system: You are a helpful assistant.
user:
Analyze the provided spectrum to determine if it is a **Carbon Star (C-type)**.

- **Key Visual Indicators of Carbon Star:**
    - **(Primary):** Strong molecular absorption from **C₂ (diatomic carbon) "Swan Bands."** This is the **defining feature** of a carbon star.
        - **(Key Bandheads):** Sharp absorption edges are visible at approximately $5635$ Å, $5165$ Å (the strongest band), and $4737$ Å.
        - **(Line Profile):** Creates a distinct **"saw-tooth"** pattern. The key morphology is a sharp, steep bandhead on the **red (long-wavelength) side**, which then gradually tapers off (i.e., flux recovers) towards the **blue (short-wavelength) side**. *(This is the direct opposite of the TiO bands seen in M-type stars)*.

    - **(Secondary):** Intense **CN (cyanogen)** molecular absorption bands.
        - **(Key Bandheads):** Located in the blue and violet regions of the spectrum (e.g., near $4215$ Å and $3883$ Å).
        - **(Morphology):** These bands are extremely broad and act as a "blanket," absorbing the vast majority of blue and violet light. This creates a characteristic **"cliff"** or **"steep drop-off"** in the spectrum's flux at short wavelengths.

    - **(Key Confirmation):** Strong **CH absorption band (G-band)**.
        - **(Key Bandhead):** Located around $4300$ Å. The contribution from CH molecules to this band is exceptionally strong.

    - **(Overall Spectrum):**
        - The continuum is severely "chopped up" by these deep molecular bands, especially C₂, rather than appearing as a smooth curve.
        - Due to the heavy CN and C₂ absorption in the blue-green, the vast majority of the star's flux is concentrated in the red part of the spectrum, giving the star its characteristic deep red color.

Think first, call **spectral_visualization_tool** if needed to examine features in detail, then provide your final answer. Your response must adhere to the following strict rules:
1.  **Overall Structure:** Your response must follow the format `<think>...</think> <tool_call>...</tool_call> (if a tool is used) <answer>...</answer>`.
2.  **Tool Usage Constraint:** You may only make **one** tool call per turn.
3.  **Final Answer Format:** In the `<answer>` tag, your conclusion must be inside a `\boxed{}` command (e.g., `\boxed{YES}`), followed by your justification.

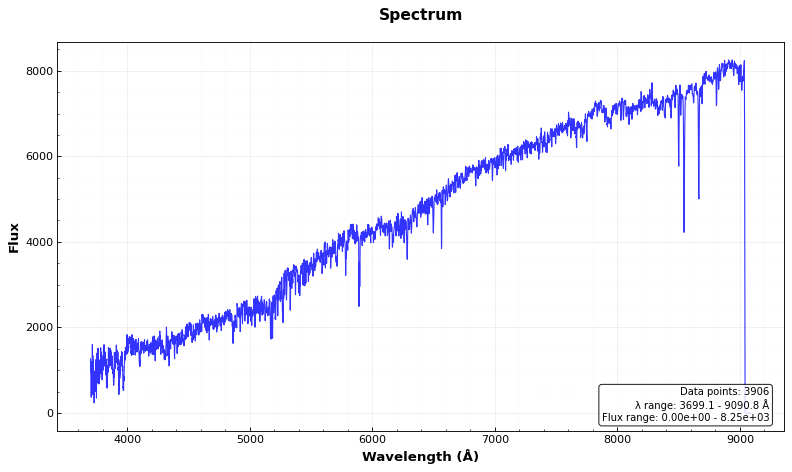
Answer: NO